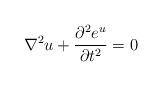
LaTeX: \begin{align*}\nabla^2 u + {\partial^2 e^u\over\partial t^2} = 0\end{align*}